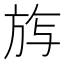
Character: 𭤰